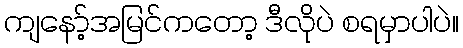
ကျနော့်အမြင်ကတော့ ဒီလိုပဲ စရမှာပါပဲ။